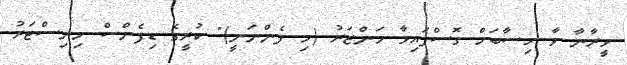
ވީރާނާ ވާ ހިސާބަށް ގޮސްފައިވާ މަންޒަރު (މި ފެންނަނީ)" ކުރީގެ ޑިފެންސް މިނިސްޓަރު